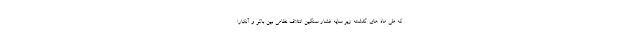
که طی ماه های گذشته زیر سایه فشار سنگین ائتلاف نظامی بین باکو و آنکارا